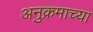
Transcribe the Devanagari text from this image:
अनुक्रमाच्या